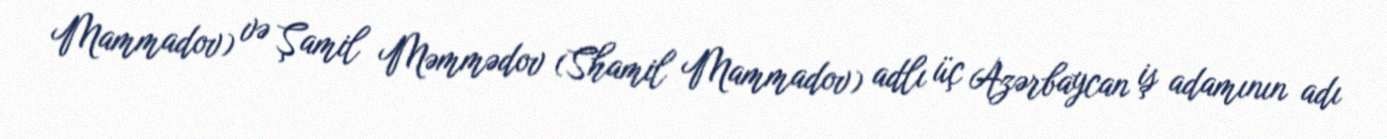
Mammadov) və Şamil Məmmədov (Shamil Mammadov) adlı üç Azərbaycan iş adamının adı